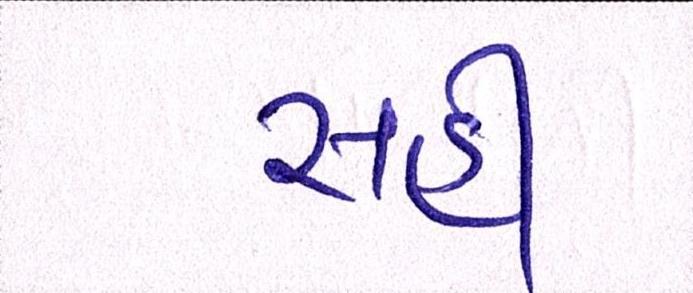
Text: સહી